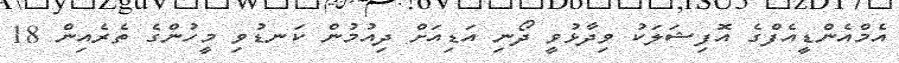
އެމްއެންޑީއެފްގެ އޮފިޝަލަކު ވިދާޅުވީ ދޯނި އަޑިއަށް ދިއުމުން ކަނޑުވި މީހުންގެ ތެރެއިން 18